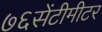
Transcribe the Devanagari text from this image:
७६सेंटीमीटर